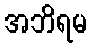
အဘိရမ